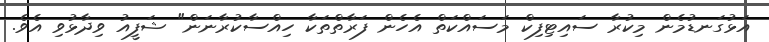
އަޅުގަނޑުމެން މިކުރާ ސައިޓިފިކް މަސައްކަތް އެހެން ފަރާތްތަކާ ހިއްސާކުރާނަން" ޝަފީއު ވިދާޅުވި އެވެ.